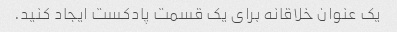
یک عنوان خلاقانه برای یک قسمت پادکست ایجاد کنید.